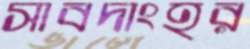
সাবদাংহর